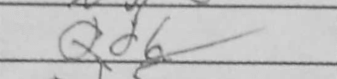
Transcription: Qd6